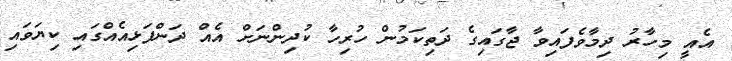
އެއީ މިހާރު ދިމާވެފައިވާ ޖާގައިގެ ދަތިކަމުން ހުރިހާ ކުދިންނަށް އެއް ދަންފަޅިއެއްގައި ކިޔަވައި